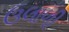
ઉલાળી